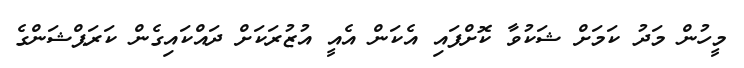
މީހުން މަދު ކަމަށް ޝަކުވާ ކޮށްފައި އެކަން އެއީ އުޒުރަކަށް ދައްކައިގެން ކަރަޕްޝަންގެ